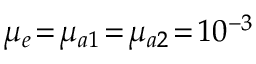
\mu _ { e } \! = \! \mu _ { a 1 } \! = \! \mu _ { a 2 } \! = \! 1 0 ^ { - 3 }